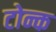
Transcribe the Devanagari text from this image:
टोन्क